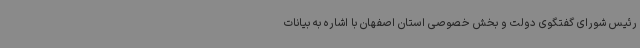
رئیس شورای گفتگوی دولت و بخش خصوصی استان اصفهان با اشاره به بیانات